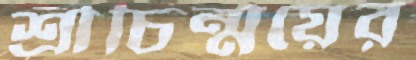
শ্রীচিন্ময়ের